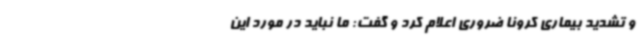
و تشدید بیماری کرونا ضروری اعلام کرد و گفت: ما نباید در مورد این